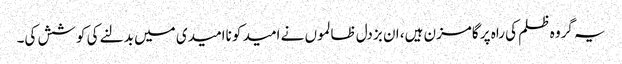
یہ گروہ ظلم کی راہ پر گامزن ہیں، ان بزدل ظالموں نے امید کو ناامیدی میں بدلنے کی کوشش کی۔